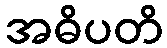
အဓိပတိ